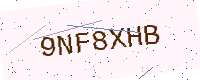
Text: 9NF8XHB